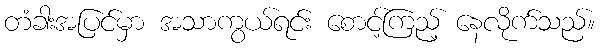
တံခါးအပြင်မှာ အသာကွယ်ရင်း စောင့်ကြည့် နေလိုက်သည်။